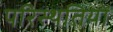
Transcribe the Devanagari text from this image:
परिस्‍थतियों